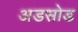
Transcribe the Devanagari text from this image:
अडसोड